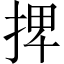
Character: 𢬽